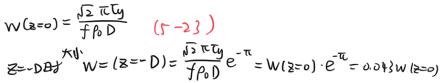
\[
\begin{align*}
&W(z=0)=\frac{\sqrt{2\pi}y}{f\lambda_0 D}\quad(5 - 23)\\
&z=-DB^{-1}y\\
&W(z=-D)=\frac{\sqrt{2\pi}y}{f\lambda_0 D}e^{-\pi}=W(z = 0)\cdot e^{-\pi}=0.043W(z = 0)
\end{align*}
\]